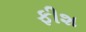
ફીશ